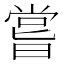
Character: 嘗